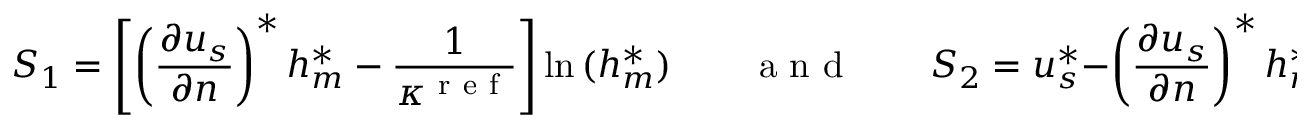
S _ { 1 } = \left[ \left( \frac { \partial { u _ { s } } } { \partial { n } } \right) ^ { * } h _ { m } ^ { * } - \frac { 1 } { \kappa ^ { \mathrm { ~ r ~ e ~ f ~ } } } \right] \ln { ( h _ { m } ^ { * } ) } \qquad \textrm { a n d } \qquad S _ { 2 } = u _ { s } ^ { * } - \left( \frac { \partial { u _ { s } } } { \partial { n } } \right) ^ { * } h _ { m } ^ { * } \ln { ( h _ { m } ^ { * } ) }